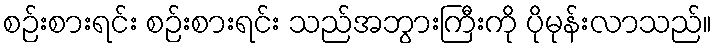
စဉ်းစားရင်း စဉ်းစားရင်း သည်အဘွားကြီးကို ပိုမုန်းလာသည်။